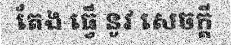
តែង ធ្វើ នូវ សេចក្តី